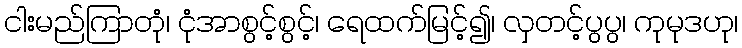
ငါးမည်ကြာတုံ၊ ငုံအာစွင့်စွင့်၊ ရေထက်မြင့်၍၊ လှတင့်ပွပွ၊ ကုမုဒဟု၊